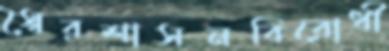
স্বৈরশাসনবিরোধী